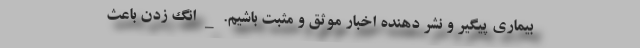
بیماری پیگیر و نشر دهنده اخبار موثق و مثبت باشیم. _ انگ زدن باعث